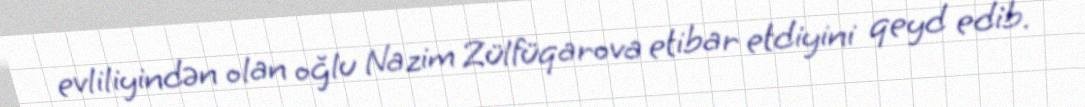
evliliyindən olan oğlu Nazim Zülfüqarova etibar etdiyini qeyd edib.